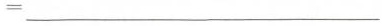
= ___